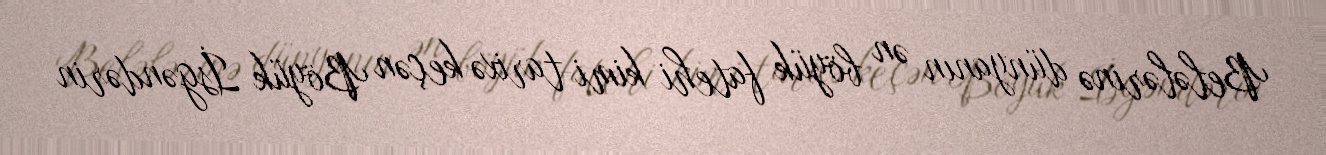
Belələrinə dünyanın ən böyük fatehi kimi tarixə keçən Böyük İsgəndərin